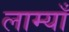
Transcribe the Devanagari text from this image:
लाम्याँ